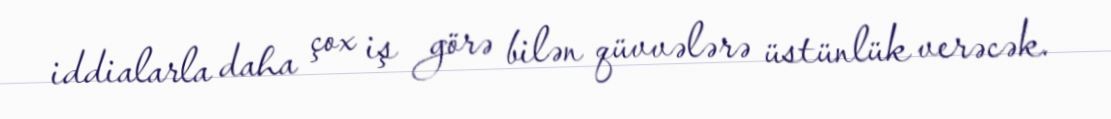
iddialarla daha çox iş görə bilən qüvvələrə üstünlük verəcək.